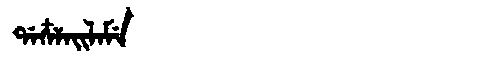
Manchu: ᡩᠠᠴᠶᠠᡳᠯᠠᠮᡝ
Romanization: DACYAILAME